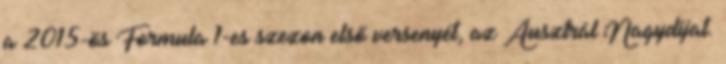
a 2015-ös Formula–1-es szezon első versenyét, az Ausztrál Nagydíjat.